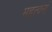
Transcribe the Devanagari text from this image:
महत्वनां